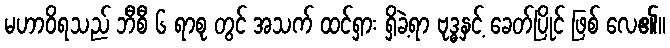
မဟာဝိရသည် ဘီစီ ၆ ရာစု တွင် အသက် ထင်ရှား ရှိခဲ့ရာ ဗုဒ္ဓနှင့် ခေတ်ပြိုင် ဖြစ် လေ၏။